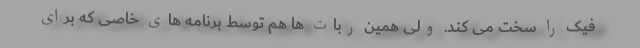
فیک را سخت می کند. ولی همین ربات ها هم توسط برنامه های خاصی که برای